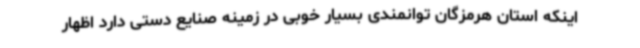
اینکه استان هرمزگان توانمندی بسیار خوبی در زمینه صنایع دستی دارد اظهار